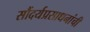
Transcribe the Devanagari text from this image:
सौंदर्यप्रसाधनांची